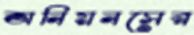
অনিয়নসের